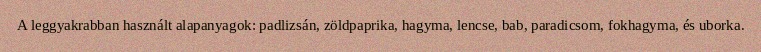
A leggyakrabban használt alapanyagok: padlizsán, zöldpaprika, hagyma, lencse, bab, paradicsom, fokhagyma, és uborka.